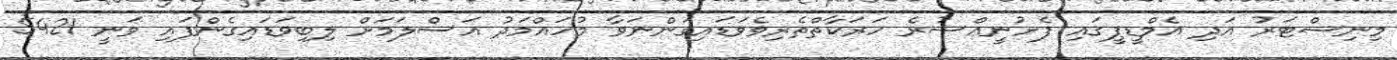
މިނިސްޓަރު އަދި އެމްޑީޕީގައި ފެށުނީއްސުރެ ހަރަކާތްތެރިވެވަޑައިގަންނަވާ މުހައްމަދު އަސްލަމަށް ލިބިވަޑައިގެންފައި ވަނީ 5421